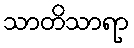
သာတိသာရာ